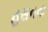
હસનના